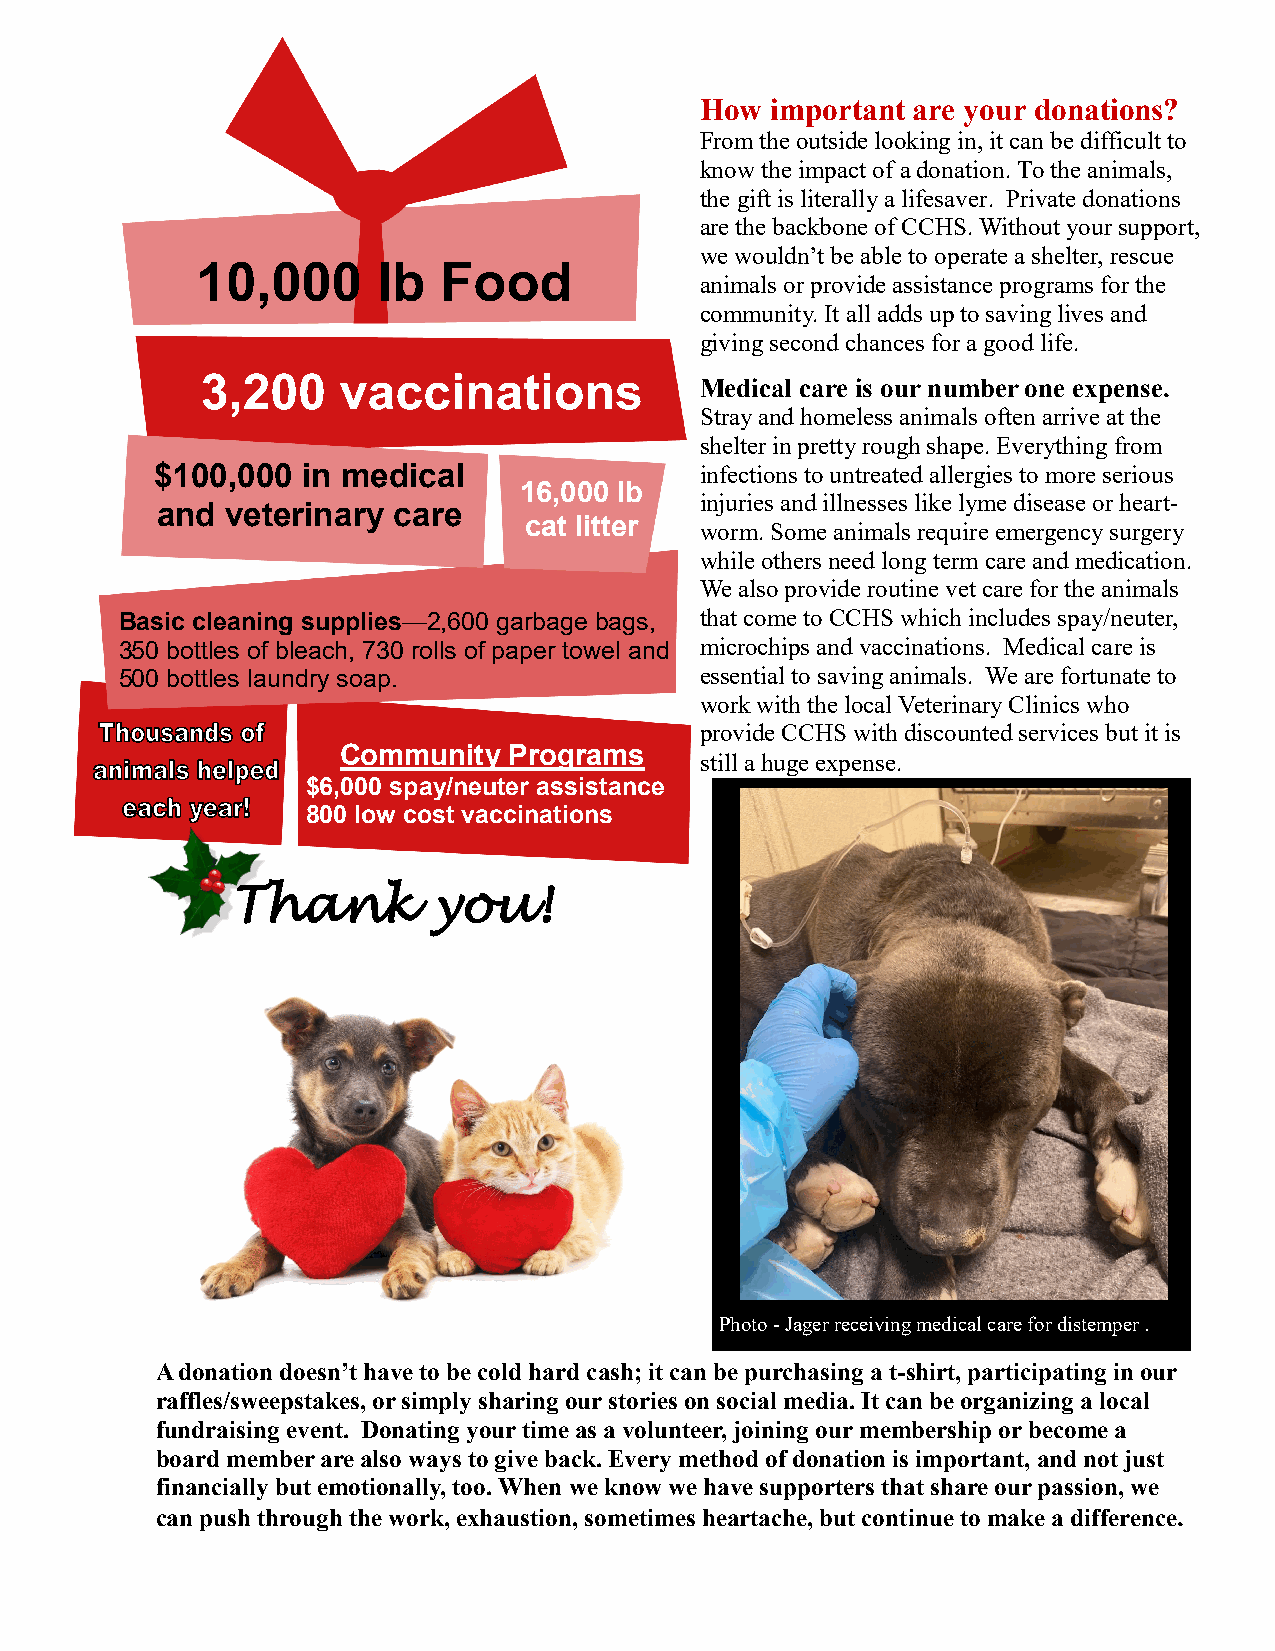
How  important are your donations?
 From the outside looking in, it can be difficult to
 know the impact of a donation. To the animals,
 the gift is literally a lifesaver. Private donations
 are the backbone of CCHS. Without your support,
 we wouldn’t be able to operate a shelter, rescue
 10,000      lb  Food
 animals or provide assistance programs for the
 community. It all adds up to saving lives and
 giving second chances for a good life.
 3,200    vaccinations            Medical care is our number one expense.
 Stray and homeless animals often arrive at the
 shelter in pretty rough shape. Everything from
 $100,000  in medical                infections to untreated allergies to more serious
 16,000 lb
 injuries and illnesses like lyme disease or heart-
 and  veterinary care
 cat litter
 worm. Some animals require emergency surgery
 while others need long term care and medication.
 We also provide routine vet care for the animals
 Basic cleaning supplies—2,600 garbage bags, that come to CCHS which includes spay/neuter,
 350 bottles of bleach, 730 rolls of paper towel and microchips and vaccinations. Medical care is
 500 bottles laundry soap.             essential to saving animals. We are fortunate to
 work with the local Veterinary Clinics who
 provide CCHS with discounted services but it is
 Community   Programs
 still a huge expense.
 $6,000 spay/neuter assistance
 800 low cost vaccinations
 Thank         you!
 Photo - Jager receiving medical care for distemper .
 A donation doesn’t have to be cold hard cash; it can be purchasing a t-shirt, participating in our
 raffles/sweepstakes, or simply sharing our stories on social media. It can be organizing a local
 fundraising event. Donating your time as a volunteer, joining our membership or become a
 board member are also ways to give back. Every method of donation is important, and not just
 financially but emotionally, too. When we know we have supporters that share our passion, we
 can push through the work, exhaustion, sometimes heartache, but continue to make a difference.